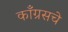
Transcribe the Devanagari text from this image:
काँग्रसचे